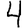
Digit: 4